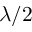
\lambda / 2